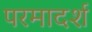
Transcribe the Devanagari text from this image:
परमादर्श